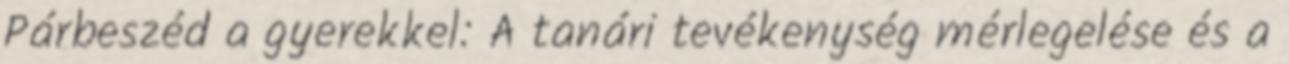
Párbeszéd a gyerekkel: A tanári tevékenység mérlegelése és a